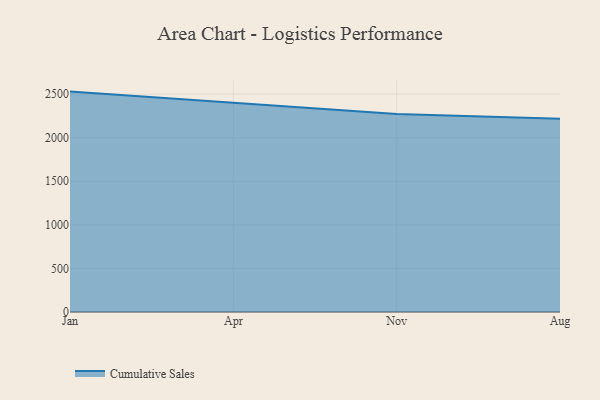
{"axis": {"x": "Month", "y": "Population (Million)"}, "legend": ["Cumulative Sales"], "data": [{"x": "Jan", "y": 2528.8, "type": "Cumulative Sales"}, {"x": "Apr", "y": 2400.1, "type": "Cumulative Sales"}, {"x": "Nov", "y": 2273.0, "type": "Cumulative Sales"}, {"x": "Aug", "y": 2218.3, "type": "Cumulative Sales"}]}